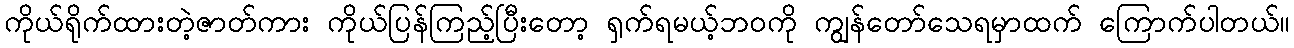
ကိုယ်ရိုက်ထားတဲ့ဇာတ်ကား ကိုယ်ပြန်ကြည့်ပြီးတော့ ရှက်ရမယ့်ဘဝကို ကျွန်တော်သေရမှာထက် ကြောက်ပါတယ်။